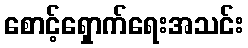
စောင့်ရှောက်ရေးအသင်း